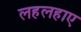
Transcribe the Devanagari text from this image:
लहलहाए